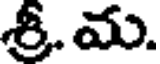
శ్రీ. మ.